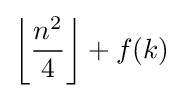
\left\lfloor {\frac {n^{2}}{4}}\right\rfloor +f(k)